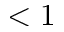
< 1